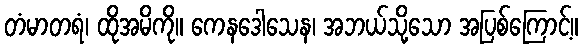
တံမာတရံ၊ ထိုအမိကို။ ကေနဒေါသေန၊ အဘယ်သို့သော အပြစ်ကြောင့်။